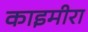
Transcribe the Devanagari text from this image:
काइमीरा